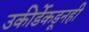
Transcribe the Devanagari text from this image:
उकीर्डेकडूनही